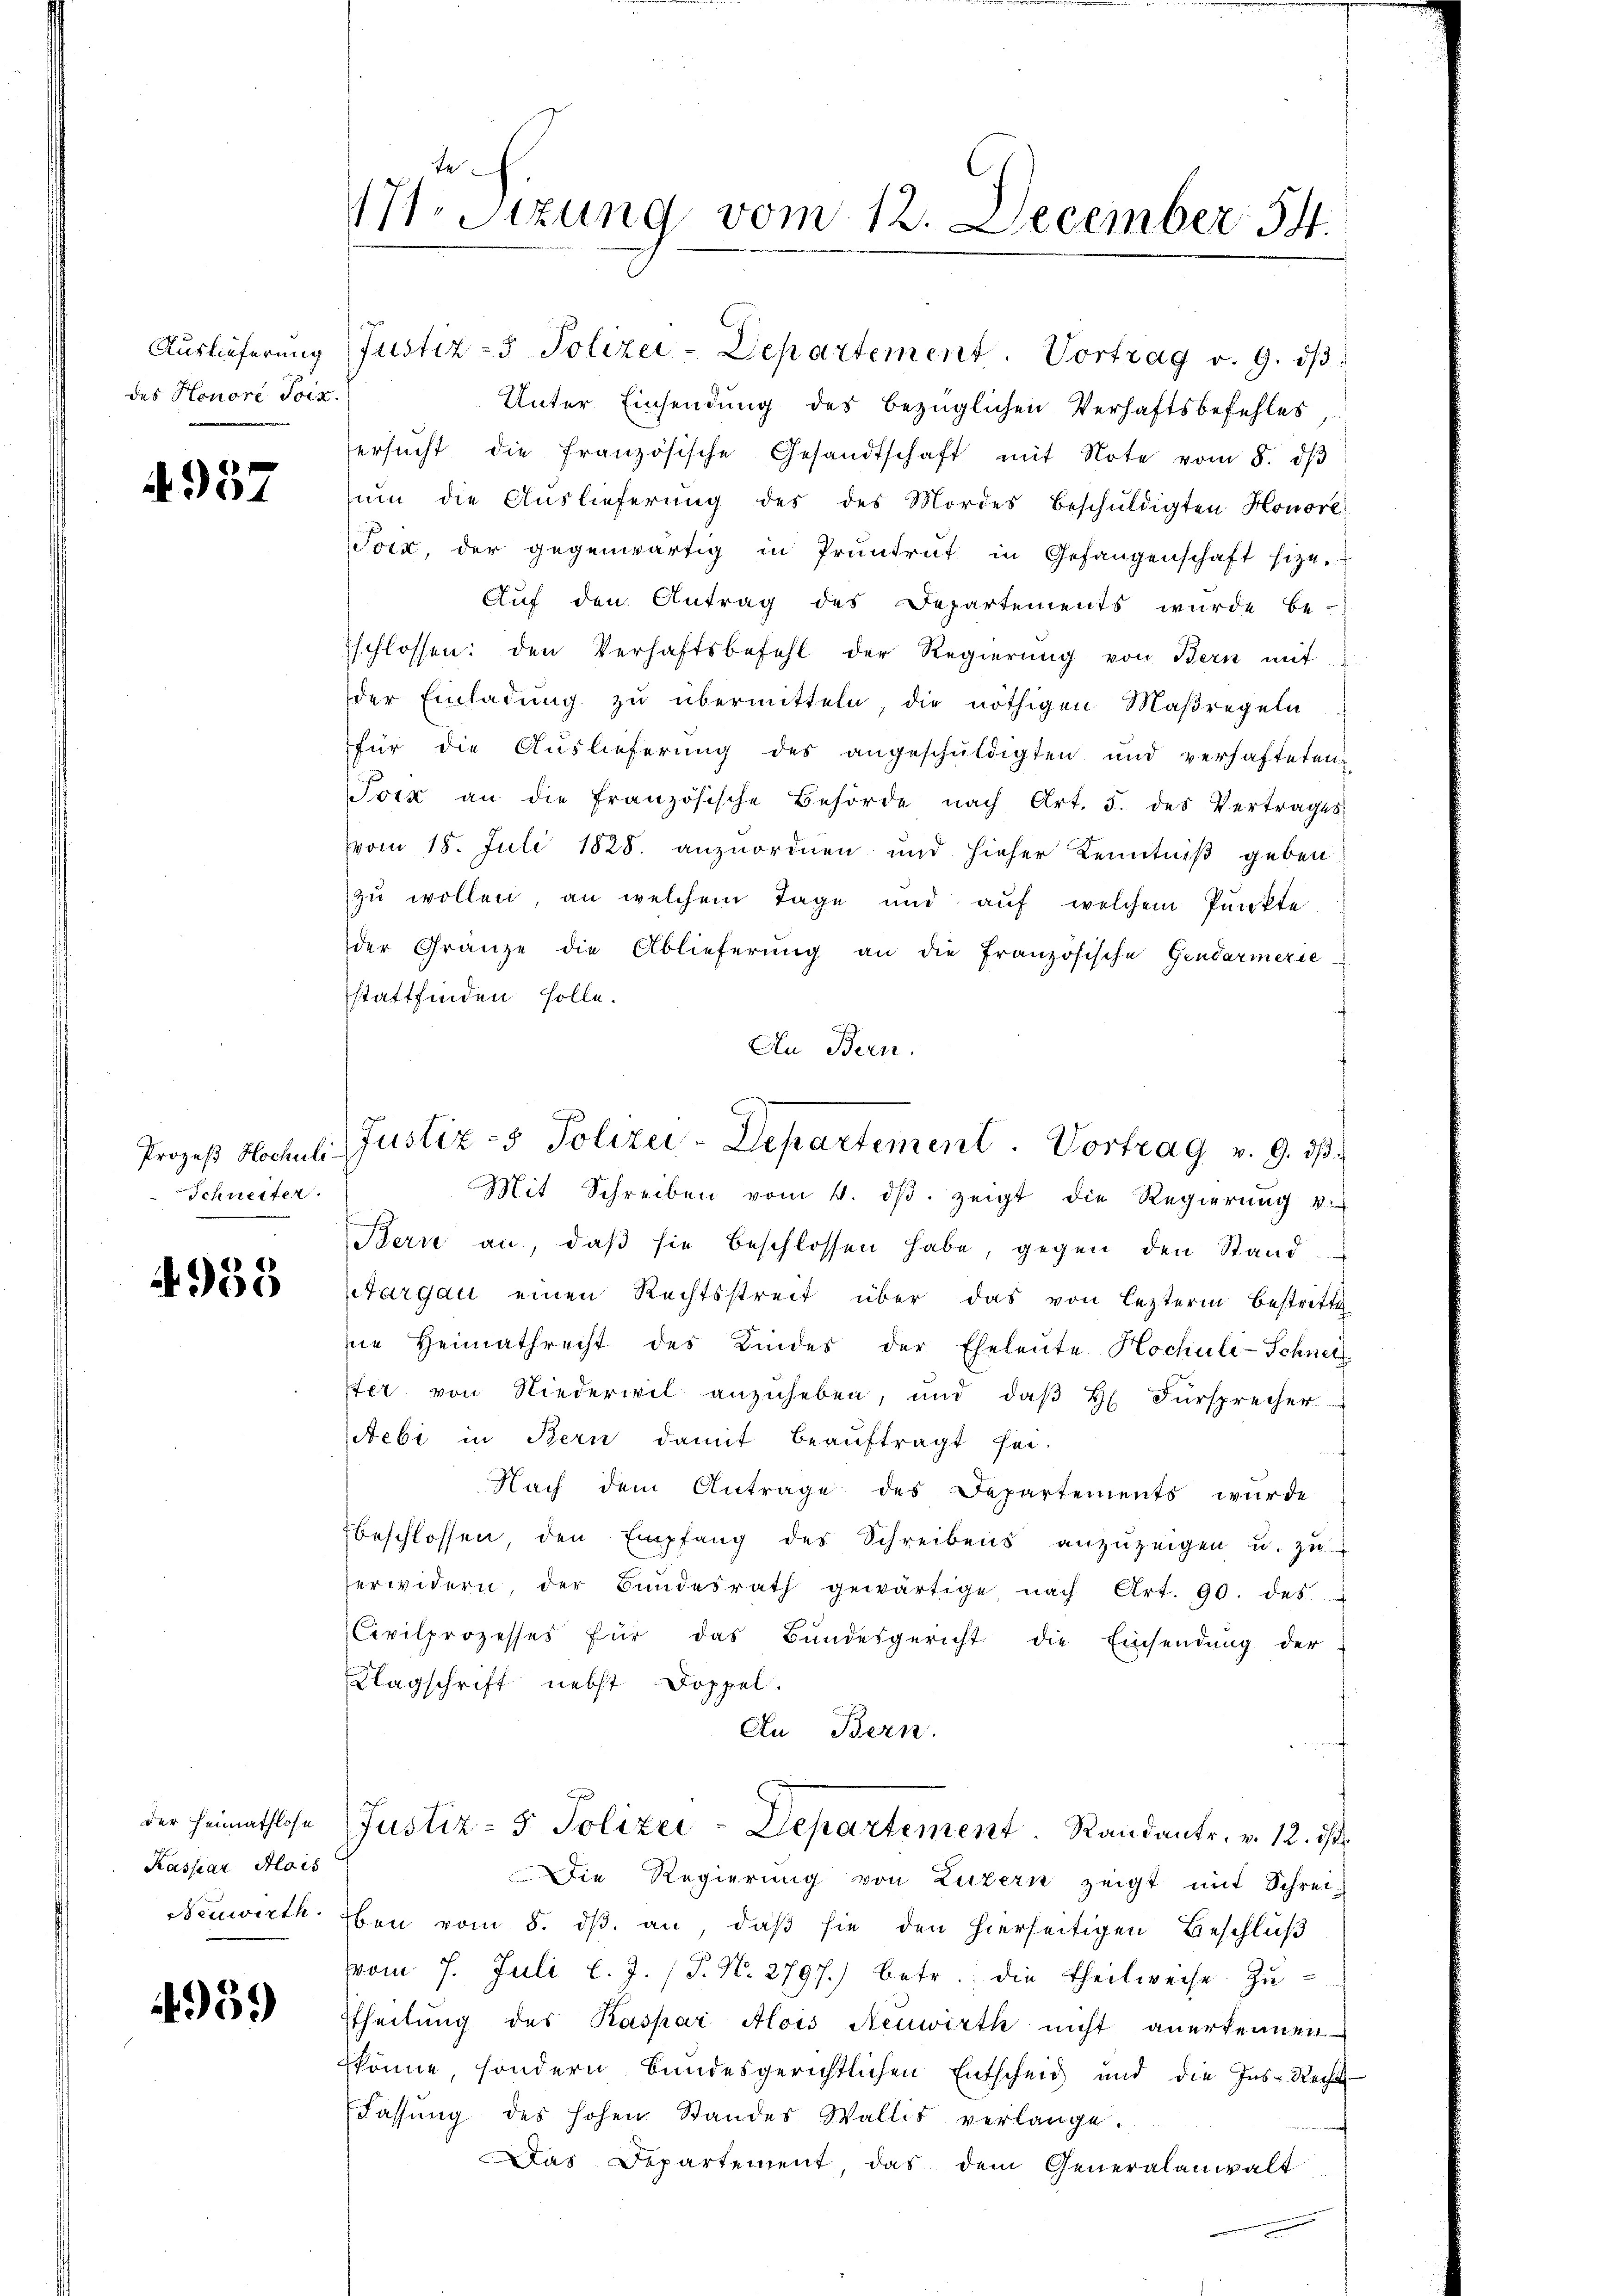
des Honore Toix.

4937

Prozeß Hochuli¬
Schneiter.

4958

der Heimathlose
Kassiar Alois
Neuwirth

4959

17 Stzung vom 12. December 54.

Auslieferung Justiz- & Polizei-Departement. Vortrag v. 9. dβ.
Unter Einsendung des bezüglichen Verhaftsbefehles
ersŭcht die französische Gesandtschaft mit Note vom 8. dβ
zum die Auslieferung des des Mordes Beschuldigten Honore
Tocz, der gegenwärtig in Pruntrut in Gefangenschaft size.
Auf den Antrag des Departements wurde be-
Eschlossen: den Verhaftsbefehl der Regierung von Bern mit
der Einladung zu übermitteln, die nöthigen Maßregeln
für die Aŭslieferŭng des angeschŭldigten und verhafteten
Tock an die französische Behörde nach Art. 5. des Vertrages
vom 18. Juli 1828. anzuordnen und hieher Kenntniβ geben.
zu wollen, an welchem Tage und auf welchem Punkte
der Gränze die Ablieferung an die französische Gendarmerie
stattfinden solle.
An Bern.
Bern an, daβ sie beschlossen habe, gegen den Stand
targau einen Rechtsstreit über das von lezterm bestritte
ne Heimathrecht des Kindes der Eheleute Hochule-Schnetz
ster von Niederwil anzuheben, und daß H. Fürsprecher
tebi in Bern damit beaŭftragt sei.
Nach dem Antrage des Departements wurde
beschlossen den Empfang des Schreibens anzŭzeigen u. zŭ
erwidern, der Bŭndesrath gewärtige nach Art. 90. des
Civilprozesses für das Bundesgericht die Einsendung der
Klagschrift nebst Doppel.
An Bern.
Justiz- & Polizei-Departement. Randantr. v. 12. ist.
Die Regierung von Luzern zeigt mit Schrei-
ben vom 8. dβ an, daβ sie den hierseitigen Beschluß
vom 7. Juli l. J. (T. N. 2797.) betr. die Theilweise Zuttheilung des Kaspar Alois Neuwirth nicht anerkennen
könne sondern bundesgerichtlichen Entscheid und die Ins-Recht
Fassung des hohen Standes Wallis verlange.
Das Departement, das dem Generalanwalt

Justiz - Polizei-Departiment. Vortrag v. 9. dβ
Mit Schreiben vom 4. dβ zeigt die Regierŭng v.